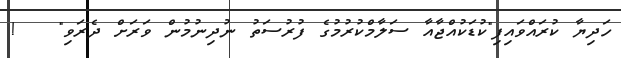
ހަދިޔާ ކުރައްވައިފި"ކުޑަކުއްޖާއާ ސަލާމްކުރުމުގެ ފުރުސަތު ނުދިނުމުން ވަރަށް ދެރަވި"   !